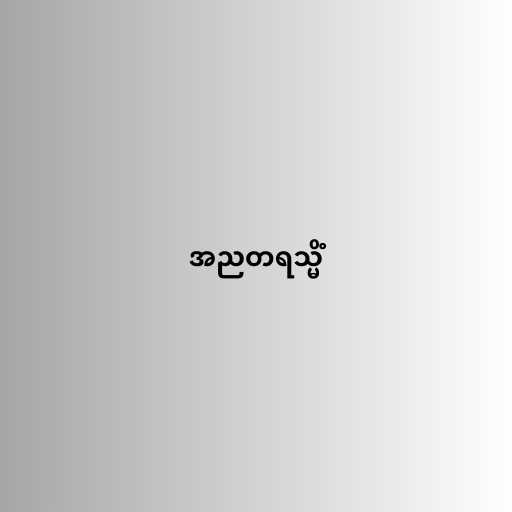
အညတရသ္မိံ